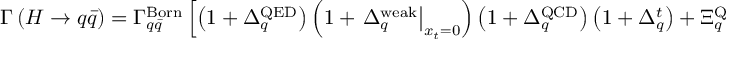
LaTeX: \Gamma \left( H \to q \bar { q } \right) = \Gamma _ { q \bar { q } } ^ { \mathrm { B o r n } } \left[ \left( 1 + \Delta _ { q } ^ { \mathrm { Q E D } } \right) \left( 1 + \left. \Delta _ { q } ^ { \mathrm { w e a k } } \right| _ { x _ { t } = 0 } \right) \left( 1 + \Delta _ { q } ^ { \mathrm { Q C D } } \right) \left( 1 + \Delta _ { q } ^ { t } \right) + \Xi _ { q } ^ { \mathrm { Q C D } } \Xi _ { q } ^ { t } \right] ,